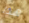
هذا